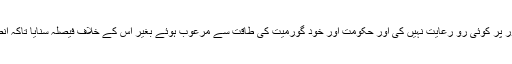
جج نے اس کے ساتھ بجا طور پر کوئی رو رعایت نہیں کی اور حکومت اور خود گورمیت کی طاقت سے مرعوب ہوئے بغیر اس کے خلاف فیصلہ سنایا تاکہ انصاف کو سربلند کیا جا سکے۔